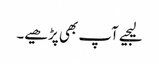
لیجیے آپ بھی پڑھیے۔